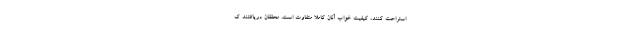
استراحت کنند، کیفیت خواب آنان کاملا متفاوت است. محققان دریافتند ک